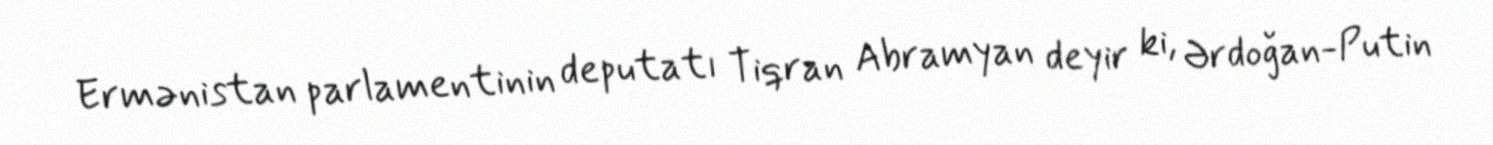
Ermənistan parlamentinin deputatı Tiqran Abramyan deyir ki, Ərdoğan-Putin